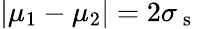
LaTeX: |\mu_{1}-\mu_{2}|=2\sigma_{\mathrm{~s~}}